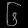
Digit: ၆